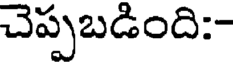
చెప్పబడింది:-